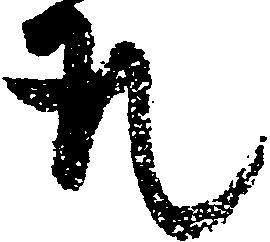
取